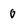
Character: 0